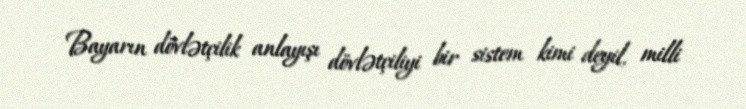
Bayarın dövlətçilik anlayışı dövlətçiliyi bir sistem kimi deyil, milli